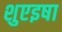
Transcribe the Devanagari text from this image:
शुएइषा